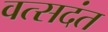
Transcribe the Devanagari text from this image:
वत्सदंत